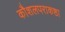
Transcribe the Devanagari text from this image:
कौशलपराकष्ठा